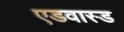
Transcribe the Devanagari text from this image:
एडवास्ड